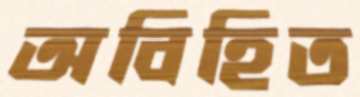
অবিহিত